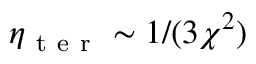
\eta _ { \mathrm { ~ t ~ e ~ r ~ } } \sim 1 / ( 3 \chi ^ { 2 } )